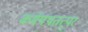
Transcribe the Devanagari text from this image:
कर्मपथतत्पर